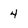
Character: 4